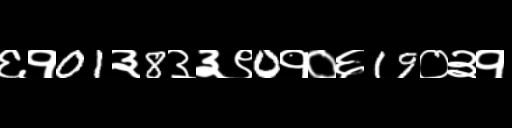
Text: ६१01३8३३९0१०६19०३१